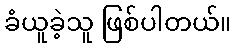
ခံယူခဲ့သူ ဖြစ်ပါတယ်။